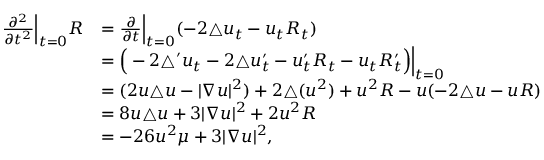
\begin{array} { r l } { \frac { \partial ^ { 2 } } { \partial t ^ { 2 } } \Big | _ { t = 0 } R } & { = \frac { \partial } { \partial t } \Big | _ { t = 0 } ( - 2 \triangle u _ { t } - u _ { t } R _ { t } ) } \\ & { = \Big ( - 2 \triangle ^ { \prime } u _ { t } - 2 \triangle u _ { t } ^ { \prime } - u _ { t } ^ { \prime } R _ { t } - u _ { t } R _ { t } ^ { \prime } \Big ) \Big | _ { t = 0 } } \\ & { = ( 2 u \triangle u - | \nabla u | ^ { 2 } ) + 2 \triangle ( u ^ { 2 } ) + u ^ { 2 } R - u ( - 2 \triangle u - u R ) } \\ & { = 8 u \triangle u + 3 | \nabla u | ^ { 2 } + 2 u ^ { 2 } R } \\ & { = - 2 6 u ^ { 2 } \mu + 3 | \nabla u | ^ { 2 } , } \end{array}